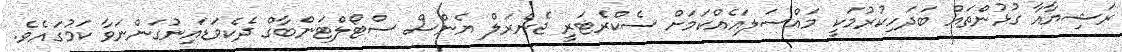
ރަޝިޔާއާ ގުޅުންތައް ބަދަހިކުރުމަކީ މައްސަލައެއްކަމަށް ސެކްރެޓަރީ ޖެނެރަލް ޔެންސް ސްޓޯލްޓަންބާގް ދެކެވަޑައިނުގަންނަވާ ކަމުގައެވެ.